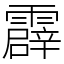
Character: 霹